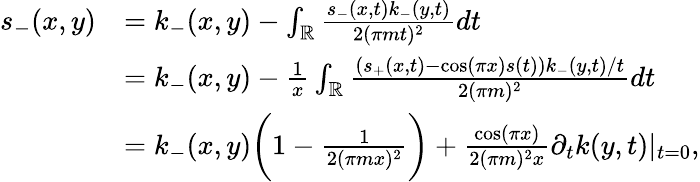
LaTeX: \begin{array}{rl}{s_{-}(x,y)}&{=k_{-}(x,y)-\int_{\mathbb{R}}\frac{s_{-}(x,t)k_{-}(y,t)}{2(\pi mt)^{2}}dt}\\ &{=k_{-}(x,y)-\frac 1{x}\int_{\mathbb{R}}\frac{(s_{+}(x,t)-\cos(\pi x)s(t))k_{-}(y,t)/t}{2(\pi m)^{2}}dt}\\ &{=k_{-}(x,y)\bigg(1-\frac 1{2(\pi mx)^{2}}\bigg)+\frac{\cos(\pi x)}{2(\pi m)^{2}x}\partial_{t}k(y,t)|_{t=0},}\end{array}